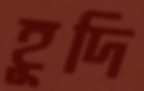
হূদি